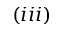
( i i i )